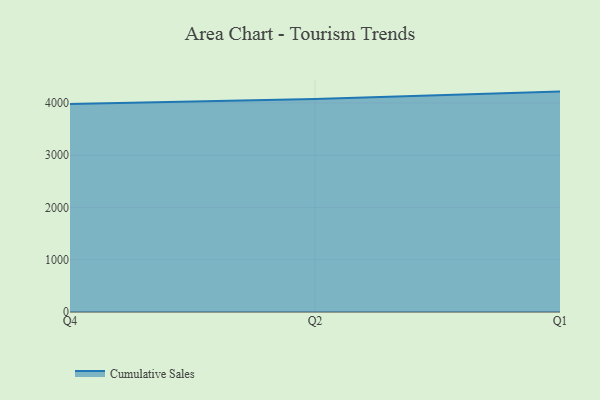
{"axis": {"x": "Quarter", "y": "Backlog"}, "legend": ["Cumulative Sales"], "data": [{"x": "Q4", "y": 3977.4, "type": "Cumulative Sales"}, {"x": "Q2", "y": 4076.8, "type": "Cumulative Sales"}, {"x": "Q1", "y": 4216.6, "type": "Cumulative Sales"}]}